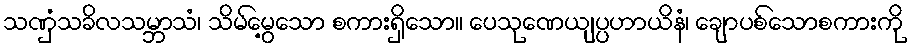
သဏှံသခိလသမ္ဘာသံ၊ သိမ်မွေ့သော စကားရှိသော။ ပေသုဏေယျပ္ပဟာယိနံ၊ ချောပစ်သောစကားကို